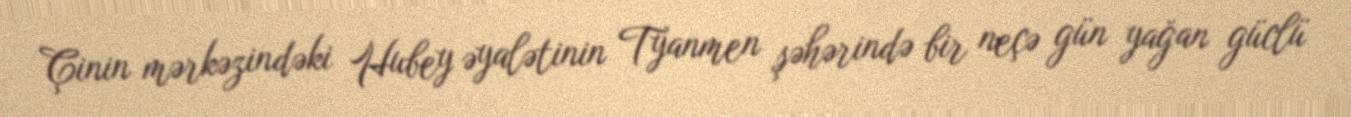
Çinin mərkəzindəki Hubey əyalətinin Tyanmen şəhərində bir neçə gün yağan güclü